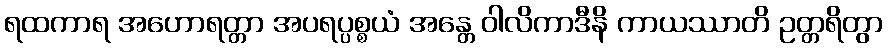
ရထကာရ အဟောရတ္တာ အပရပ္ပစ္စယံ အန္တေ ဝါလိကာဒီနိ ကာယဿာတိ ဥတ္တရိတွာ